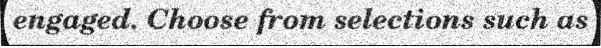
engaged. Choose from selections such as